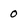
Character: 0